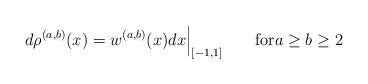
LaTeX: \begin{align*}d\rho^{(a,b)}(x)= w^{(a,b)}(x)dx\Bigr|_{[-1,1]} \quad\quad{\rm for}a\ge b\ge 2\end{align*}